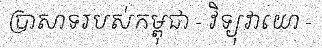
ប្រាសាទរបស់កម្ពុជា - វិទ្យុវាយោ -